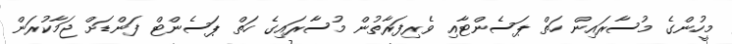
މީހުންގެ މުސާރައިން ހަތް ޕަސެންޓާއި ވެރިފަރާތުން މުސާރައިގެ ހަތް ޕަސެންޓް ފަންޑަށް ޖަމާކުރަން